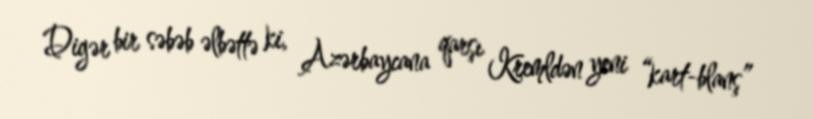
Digər bir səbəb əlbəttə ki, Azərbaycana qarşı Kremldən yeni “kart-blanş”